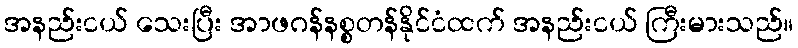
အနည်းငယ် သေးပြီး အာဖဂန်နစ္စတန်နိုင်ငံထက် အနည်းငယ် ကြီးမားသည်။